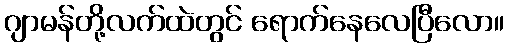
ဂျာမန်တို့လက်ထဲတွင် ရောက်နေလေပြီလော။